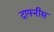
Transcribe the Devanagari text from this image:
दाफ्नीस